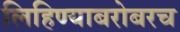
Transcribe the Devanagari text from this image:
लिहिण्याबरोबरच